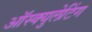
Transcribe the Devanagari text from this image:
ऑस्क्युलेटिंग